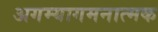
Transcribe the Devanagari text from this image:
अगम्यागमनात्मक